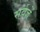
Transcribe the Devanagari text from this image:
सर्वज्ञें